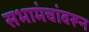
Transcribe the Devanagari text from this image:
सभामंचांवरून